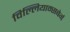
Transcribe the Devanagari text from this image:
विल्लियाम्सबेर्ग